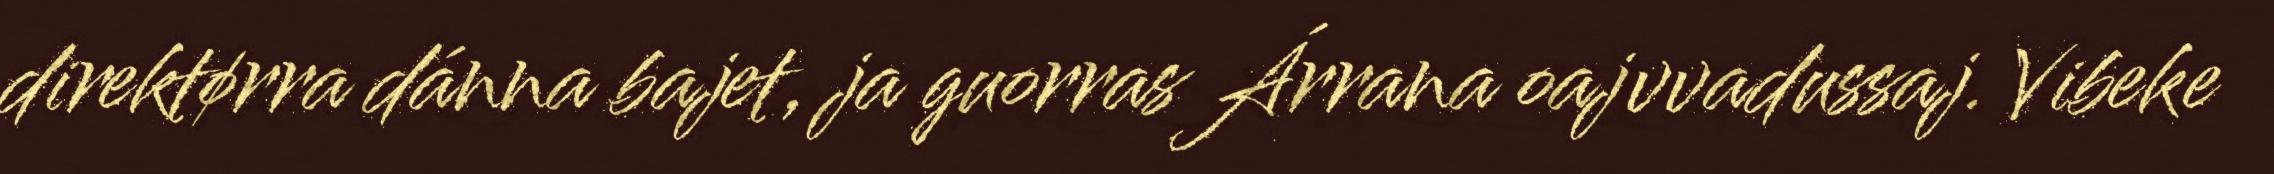
direktørra dánna bajet, ja guorras Árrana oajvvadussaj. Vibeke